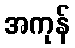
အကုန်